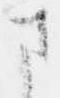
さ